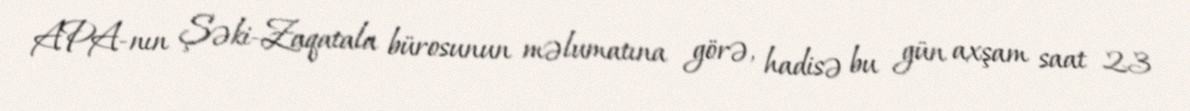
APA-nın Şəki-Zaqatala bürosunun məlumatına görə, hadisə bu gün axşam saat 23